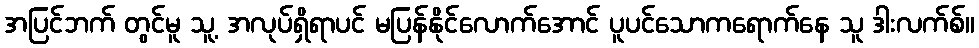
အပြင်ဘက် တွင်မူ သူ့ အလုပ်ရှိရာပင် မပြန်နိုင်လောက်အောင် ပူပင်သောကရောက်နေ သူ ဒါးလက်စ်။